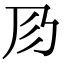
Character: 𢒀